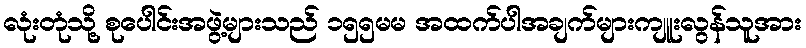
လုံးတုံသို့ စုပေါင်းအဖွဲ့များသည် ၁၅၅မမ အထက်ပါအချက်များကျူးလွန်သူအား